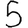
Digit: 5